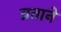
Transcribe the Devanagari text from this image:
व्रताने